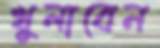
খুলাবেন